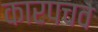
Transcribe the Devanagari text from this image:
कारपचव